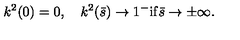
k ^ { 2 } ( 0 ) = 0 , \quad k ^ { 2 } ( \bar { s } ) \to 1 ^ { - } \mathrm { i f } \bar { s } \to \pm \infty { . }